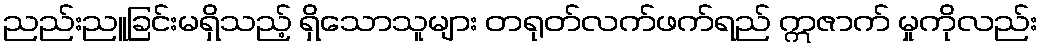
ညည်းညူခြင်းမရှိသည့် ရှိသောသူများ တရုတ်လက်ဖက်ရည် ဣဇာက် မှုကိုလည်း